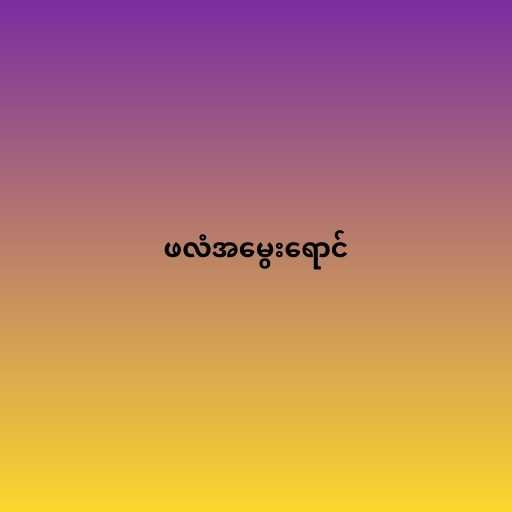
ဖလံအမွေးရောင်